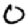
Digit: 0